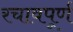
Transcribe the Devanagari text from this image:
रचावपूर्ण